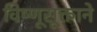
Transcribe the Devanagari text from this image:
विष्णूसूक्ताने